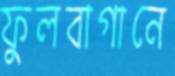
ফুলবাগানে